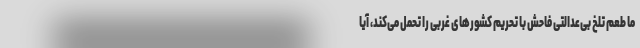
ما طعم تلخ بی‌عدالتی فاحش با تحریم کشورهای غربی را تحمل می‌کند، آیا